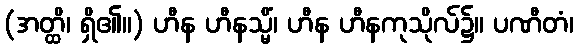
(အတ္ထိ၊ ရှိ၏။) ဟီန ဟီနသ္မိံ၊ ဟီန ဟီနကုသိုလ်၌။ ပဏီတံ၊